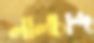
লালচান্দ